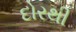
દોરથી